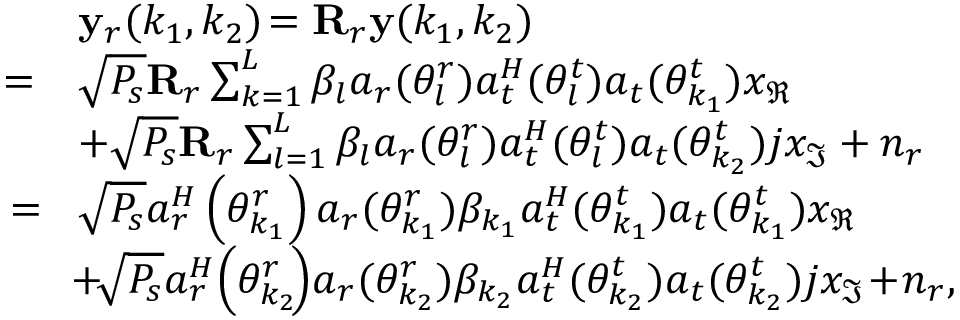
\begin{array} { r l } & { \mathbf { y } _ { r } ( k _ { 1 } , k _ { 2 } ) \! = \mathbf { R } _ { r } \mathbf { y } ( k _ { 1 } , k _ { 2 } ) } \\ { = } & { \sqrt { P _ { s } } \mathbf { R } _ { r } \sum _ { k = 1 } ^ { L } \beta _ { l } \boldsymbol { a } _ { r } ( \theta _ { l } ^ { r } ) \boldsymbol { a } _ { t } ^ { H } ( \theta _ { l } ^ { t } ) \boldsymbol { a } _ { t } ( \theta _ { k _ { 1 } } ^ { t } ) x _ { \Re } } \\ & { + \sqrt { P _ { s } } \mathbf { R } _ { r } \sum _ { l = 1 } ^ { L } \beta _ { l } \boldsymbol { a } _ { r } ( \theta _ { l } ^ { r } ) \boldsymbol { a } _ { t } ^ { H } ( \theta _ { l } ^ { t } ) \boldsymbol { a } _ { t } ( \theta _ { k _ { 2 } } ^ { t } ) j x _ { \Im } + { n } _ { r } } \\ { \! = \! } & { \sqrt { P _ { s } } \boldsymbol { a } _ { { r } } ^ { { H } } \left( \theta _ { k _ { 1 } } ^ { r } \right) \boldsymbol { a } _ { r } ( \theta _ { k _ { 1 } } ^ { r } ) \beta _ { k _ { 1 } } \boldsymbol { a } _ { t } ^ { H } ( \theta _ { k _ { 1 } } ^ { t } ) \boldsymbol { a } _ { t } ( \theta _ { k _ { 1 } } ^ { t } ) x _ { \Re } } \\ & { \! + \! \sqrt { P _ { s } } \boldsymbol { a } _ { { r } } ^ { { H } } \! \left( \theta _ { k _ { 2 } } ^ { r } \! \right) \! \boldsymbol { a } _ { r } ( \theta _ { k _ { 2 } } ^ { r } ) \beta _ { k _ { 2 } } \boldsymbol { a } _ { t } ^ { H } ( \theta _ { k _ { 2 } } ^ { t } ) \boldsymbol { a } _ { t } ( \theta _ { k _ { 2 } } ^ { t } ) j x _ { \Im } \! + \! { n } _ { r } , } \end{array}